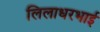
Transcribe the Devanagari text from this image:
लिलाधरभाई